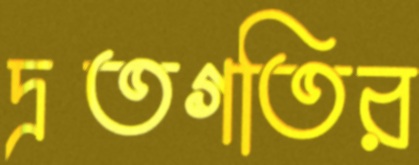
দ্রতগতির